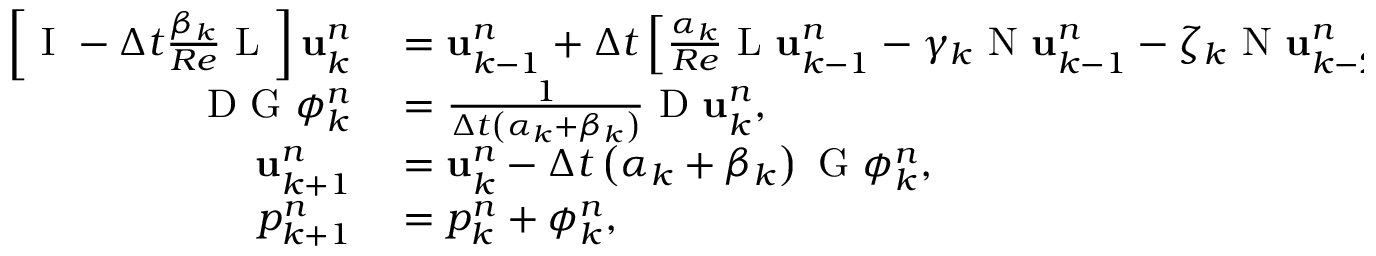
\begin{array} { r l } { \left[ \mathrm { ~ I ~ } - \Delta t \frac { \beta _ { k } } { R e } \mathrm { ~ L ~ } \right] \mathbf { u } _ { k } ^ { n } } & { { } = \mathbf { u } _ { k - 1 } ^ { n } + \Delta t \left[ \frac { \alpha _ { k } } { R e } \mathrm { ~ L ~ } \mathbf { u } _ { k - 1 } ^ { n } - \gamma _ { k } \mathrm { ~ N ~ } \mathbf { u } _ { k - 1 } ^ { n } - \zeta _ { k } \mathrm { ~ N ~ } \mathbf { u } _ { k - 2 } ^ { n } - \left( \alpha _ { k } + \beta _ { k } \right) \mathrm { ~ G ~ } p _ { k } ^ { n } \right] , } \\ { \mathrm { ~ D ~ G ~ } \phi _ { k } ^ { n } } & { { } = \frac { 1 } { \Delta t \left( \alpha _ { k } + \beta _ { k } \right) } \mathrm { ~ D ~ } \mathbf { u } _ { k } ^ { n } , } \\ { \mathbf { u } _ { k + 1 } ^ { n } } & { { } = \mathbf { u } _ { k } ^ { n } - \Delta t \left( \alpha _ { k } + \beta _ { k } \right) \mathrm { ~ G ~ } \phi _ { k } ^ { n } , } \\ { p _ { k + 1 } ^ { n } } & { { } = p _ { k } ^ { n } + \phi _ { k } ^ { n } , } \end{array}